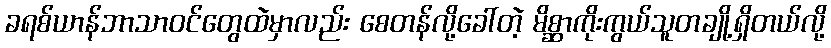
ခရစ်ယာန်ဘာသာဝင်တွေထဲမှာလည်း စေတန်လို့ခေါ်တဲ့ မိစ္ဆာကိုးကွယ်သူတချို့ရှိတယ်လို့